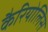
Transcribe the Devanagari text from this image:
कैरियोलिस